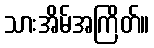
သားအိမ်အကြိတ်။